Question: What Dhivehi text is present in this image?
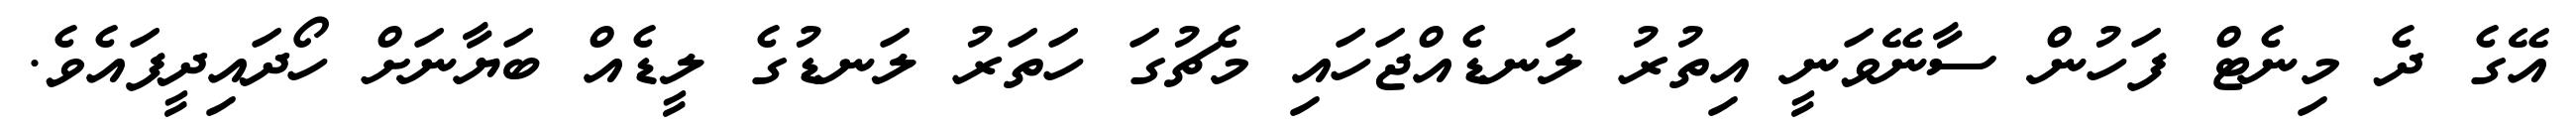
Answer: އޭގެ ދެ މިނެޓް ފަހުން ސާނޭވަނީ އިތުރު ލަނޑެއްޖަހައި މެޗުގަ ހަތަރު ލަނޑުގެ ލީޑެއް ބަޔާނަށް ހޯދައިދީފައެވެ.